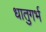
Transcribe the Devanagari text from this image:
धातुगर्भ